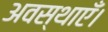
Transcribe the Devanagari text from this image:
अवस्थाएँ।